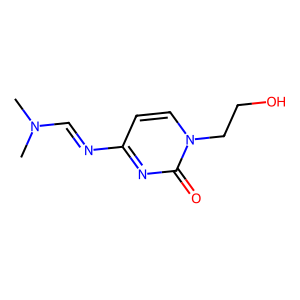
SMILES: CN(C)C=Nc1ccn(CCO)c(=O)n1
Inhibits HIV replication: No